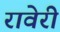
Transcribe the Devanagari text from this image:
रावेरी